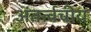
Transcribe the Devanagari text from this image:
अंतर्त्वचीय